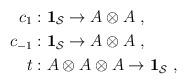
LaTeX: \begin{align*} c_1&:\mathbf{1}_\mathcal{S} \to A\otimes A \ , \\ c_{-1}&: \mathbf{1}_\mathcal{S} \to A\otimes A \ ,\\ t&:A\otimes A\otimes A \to \mathbf{1}_\mathcal{S} \ , \end{align*}